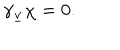
LaTeX: \gamma _ { \underline { { { v } } } } \chi = 0 .